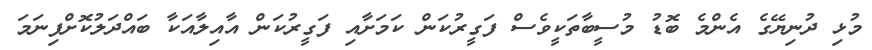
މުޅި ދުނިޔޭގެ އެންމެ ބޮޑު މުސީބާތަކީވެސް ފަގީރުކަން ކަމަށާއި ފަގީރުކަން އާއިލާއަކާ ބައްދަލުކޮށްފިނަމަ